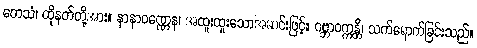
တေသံ၊ ထိုနတ်တို့အား။ နာနာဝဏ္ဏေန၊ အထူးထူးသောအဆင်းဖြင့်။ ဂဗ္ဘာဝက္ကန္တိ၊ သက်ရောက်ခြင်းသည်။